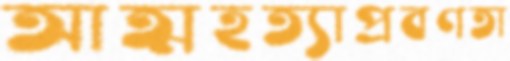
আত্মহত্যাপ্রবণতা